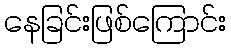
နေခြင်းဖြစ်ကြောင်း